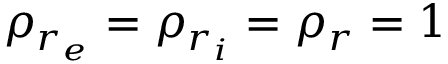
\rho _ { r _ { e } } = \rho _ { r _ { i } } = \rho _ { r } = 1